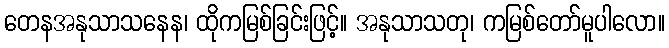
တေနအနုသာသနေန၊ ထိုကမြစ်ခြင်းဖြင့်။ အနုသာသတု၊ ကမြစ်တော်မူပါလော။